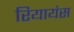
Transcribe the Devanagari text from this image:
रियायंस